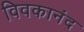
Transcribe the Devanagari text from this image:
विवकानंद